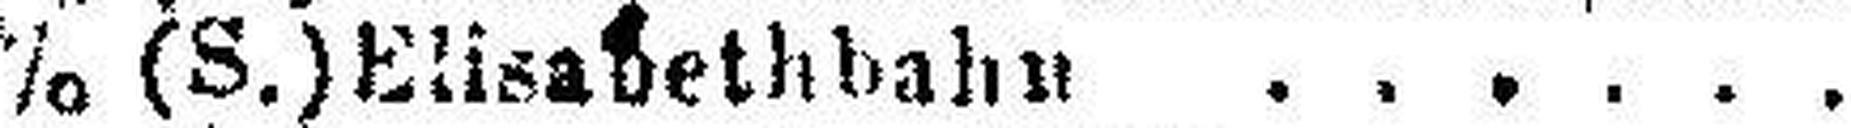
3% (S.) Elisabethbahn